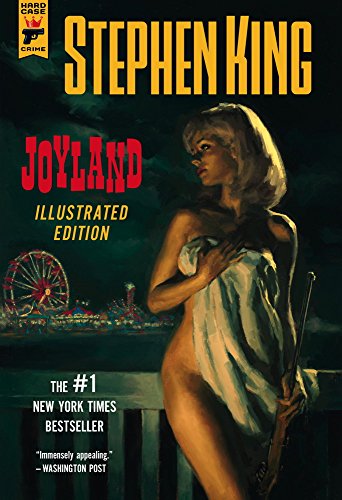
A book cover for Joyland (Illustrated Edition); Stephen King; Mystery, Thriller & Suspense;